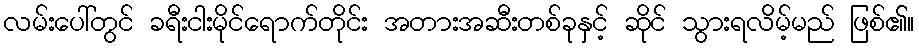
လမ်းပေါ်တွင် ခရီးငါးမိုင်ရောက်တိုင်း အတားအဆီးတစ်ခုနှင့် ဆိုင် သွားရလိမ့်မည် ဖြစ်၏။